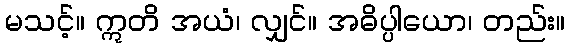
မသင့်။ ဣတိ အယံ၊ လျှင်။ အဓိပ္ပါယော၊ တည်း။